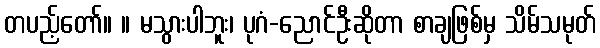
တပည့်တော်။ ။ မသွားပါဘူး၊ ပုဂံ-ညောင်ဦးဆိုတာ စာချဖြစ်မှ သိမ်သမုတ်